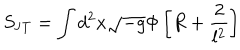
S _ { \mathrm { J T } } = \int d ^ { 2 } x \sqrt { - g } \Phi \left[ R + \frac { 2 } { l ^ { 2 } } \right]